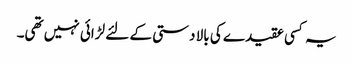
یہ کسی عقیدے کی بالا دستی کے لئے لڑائی نہیں تھی۔